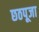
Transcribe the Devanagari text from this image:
छठपूजा